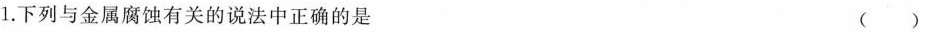
1.下列与金属腐蚀有关的说法中正确的是 ( )